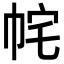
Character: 𭘝